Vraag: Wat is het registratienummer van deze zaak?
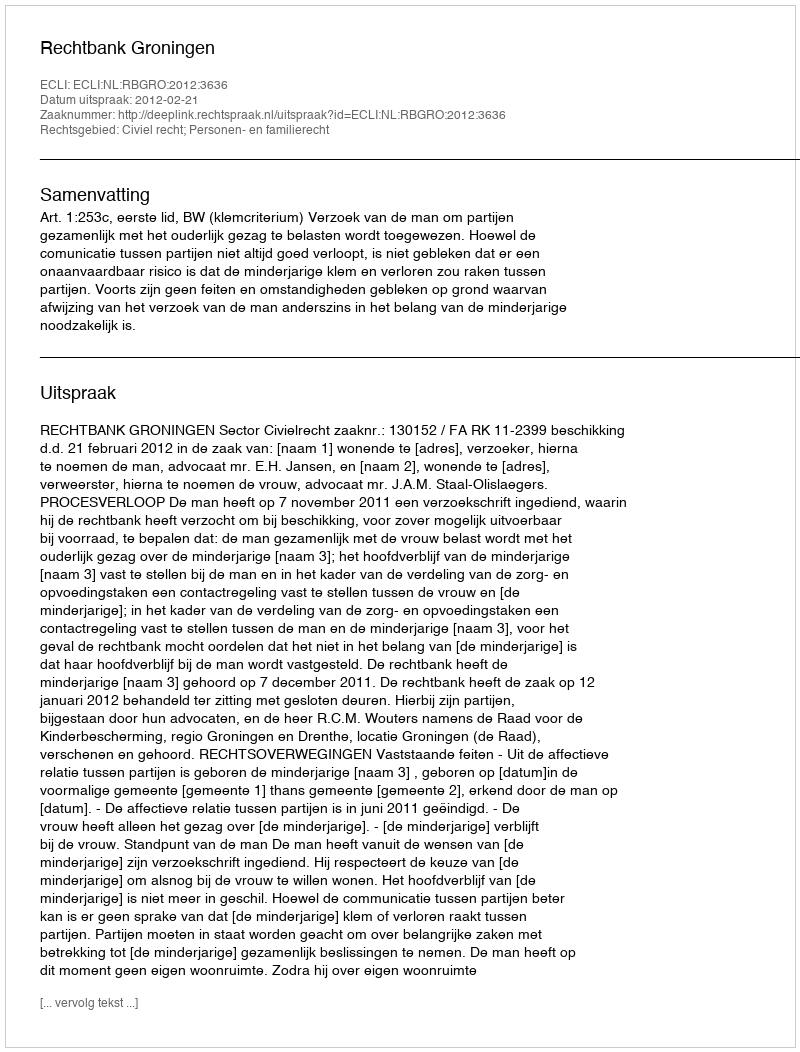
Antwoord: http://deeplink.rechtspraak.nl/uitspraak?id=ECLI:NL:RBGRO:2012:3636